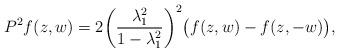
LaTeX: \begin{align*}P^2f(z, w) = 2\bigg(\frac{\lambda_{1}^{2}}{1 - \lambda_{1}^{2}}\bigg)^2\big(f(z, w) - f(z, -w)\big),\end{align*}